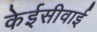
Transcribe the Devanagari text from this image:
केईसीवाई